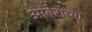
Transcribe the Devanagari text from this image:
आंबेराच्या